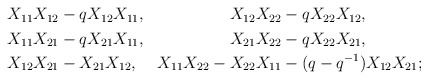
\begin{align*}\begin{aligned}X_{11}X_{12} &- qX_{12}X_{11},& X_{12}X_{22} &- qX_{22}X_{12}, \\X_{11}X_{21} &- qX_{21}X_{11},& X_{21}X_{22} &- qX_{22}X_{21}, \\X_{12}X_{21}&-X_{21}X_{12},& X_{11}X_{22}-X_{22}X_{11}&-(q-q^{-1})X_{12}X_{21};\end{aligned}\end{align*}